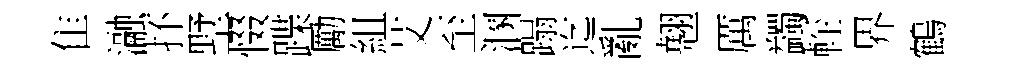
隹瀜抔墅惙蹀勵組艾至溷蹋迄亂翹厲蠲䡖界鶴